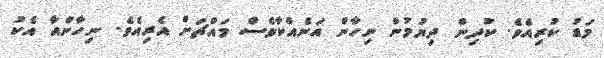
މަޑު ކުރިއެވެ. ކުދިން ދިޔުމުން ނިހާން އަނެއްކާވެސް މައްޗަށް އެރިއެވެ. ނިހާންއާ އެކު